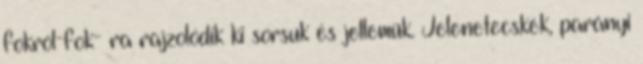
fokról-fok- ra rajzolódik ki sorsuk és jellemük. Jelenetecskék, parányi